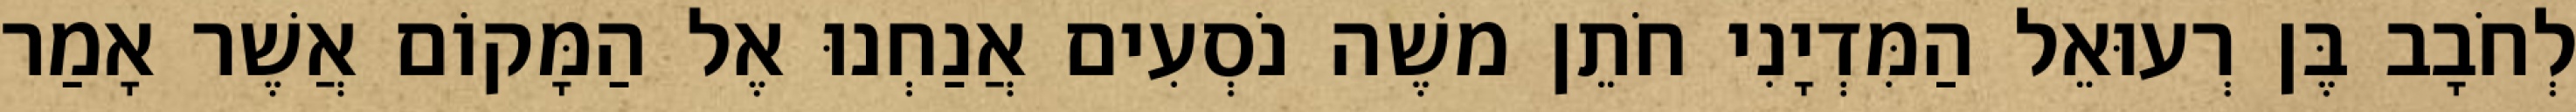
לְחֹבָב בֶּן רְעוּאֵל הַמִּדְיָנִי חֹתֵן משֶׁה נֹסְעִים אֲנַחְנוּ אֶל הַמָּקוֹם אֲשֶׁר אָמַר